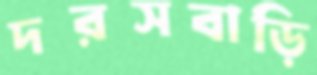
দরসবাড়ি